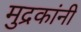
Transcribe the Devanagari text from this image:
मुद्रकांनी